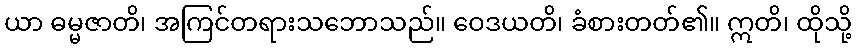
ယာ ဓမ္မဇာတိ၊ အကြင်တရားသဘောသည်။ ဝေဒယတိ၊ ခံစားတတ်၏။ ဣတိ၊ ထိုသို့